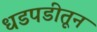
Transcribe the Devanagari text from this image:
धडपडीतून